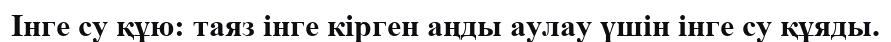
Інге су құю: таяз інге кірген аңды аулау үшін інге су құяды.